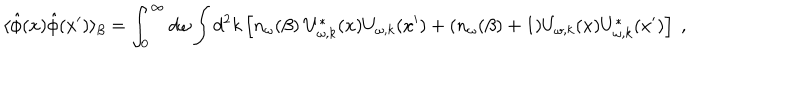
LaTeX: \langle \hat { \phi } ( x ) \hat { \phi } ( x ^ { \prime } ) \rangle _ { \beta } = \int _ { 0 } ^ { \infty } d \omega \int d ^ { 2 } k \left[ n _ { \omega } ( \beta ) ~ U _ { \omega , k } ^ { * } ( x ) U _ { \omega , k } ( x ^ { \prime } ) + ( n _ { \omega } ( \beta ) + 1 ) U _ { \omega , k } ( x ) U _ { \omega , k } ^ { * } ( x ^ { \prime } ) \right] ~ ,